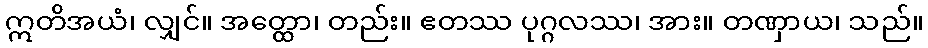
ဣတိအယံ၊ လျှင်။ အတ္ထော၊ တည်း။ ဧတဿ ပုဂ္ဂလဿ၊ အား။ တဏှာယ၊ သည်။